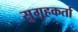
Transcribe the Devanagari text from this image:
सुगृहकर्ता